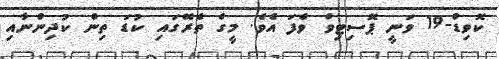
ކޮވިޑް-19 ވަނީ ޕޮސިޓިވް ވެފަ އެވެ. މީގެ ތެރޭގައި ކުޑަ ތިން ކުދިންނާއި